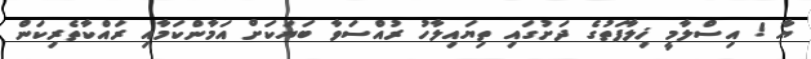
ޔާ ! އިސްލާމީ ޚިލާފަތުގެ ދަށުގައި ތިޔައިލާހު ރުއްސަވާ ބަޔަކަށް އަމާންކަމާއި ރައްކާތެރިކަން